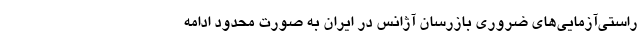
راستی‌آزمایی‌های ضروری بازرسان آژانس در ایران به صورت محدود ادامه